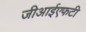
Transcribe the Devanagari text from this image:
जीआईएफटी